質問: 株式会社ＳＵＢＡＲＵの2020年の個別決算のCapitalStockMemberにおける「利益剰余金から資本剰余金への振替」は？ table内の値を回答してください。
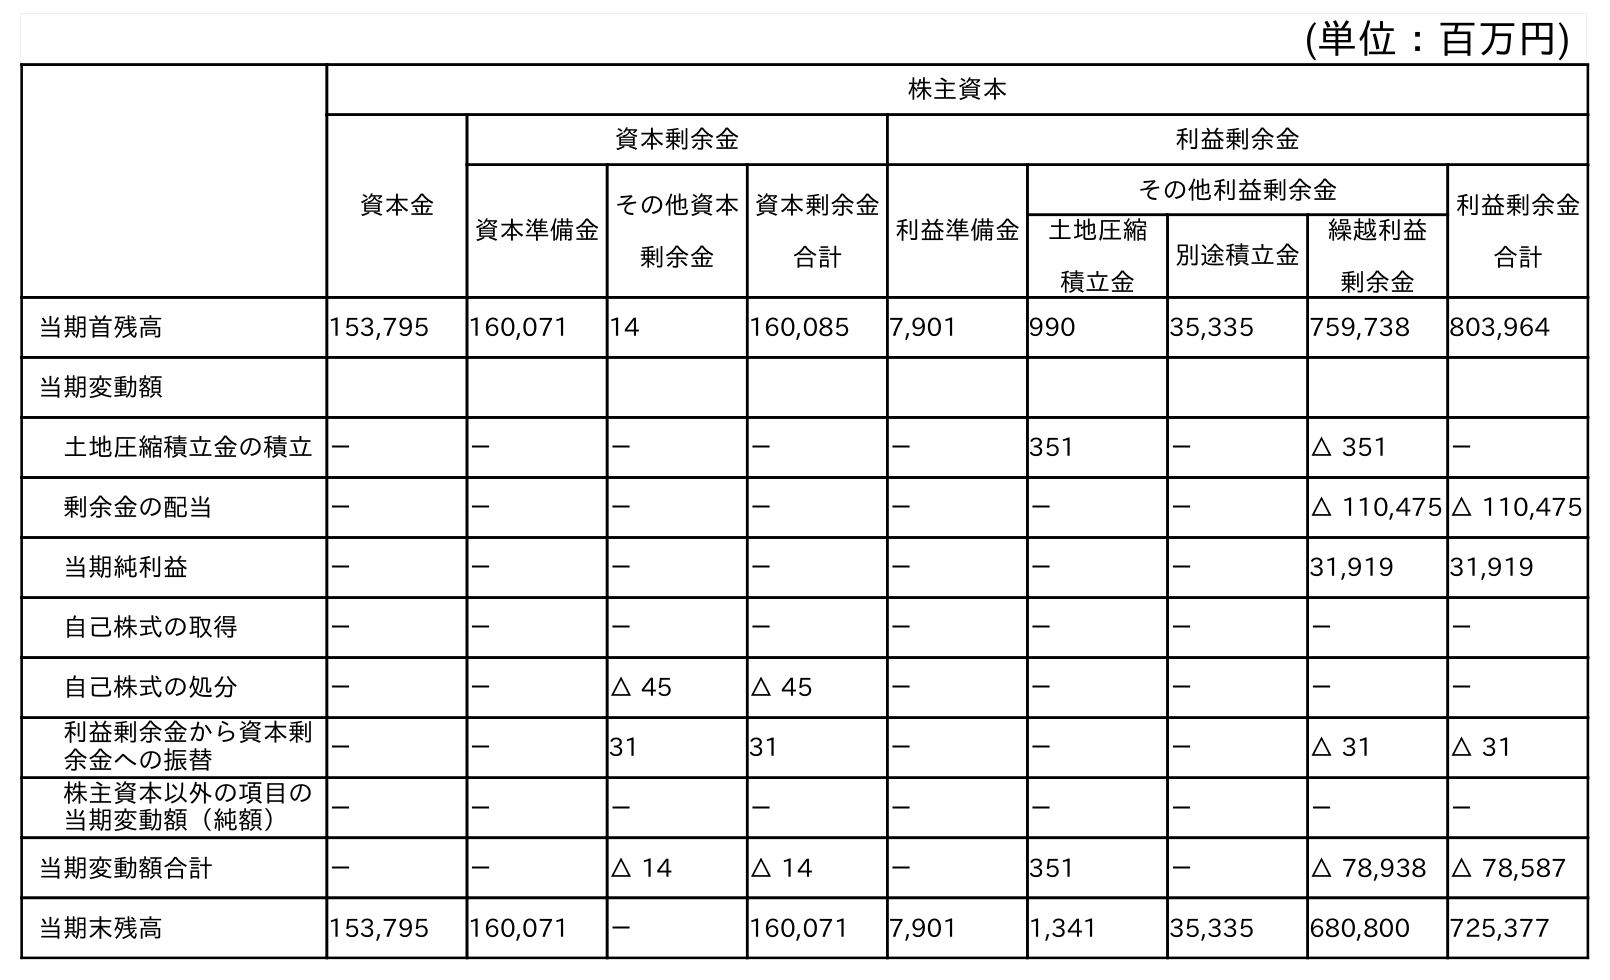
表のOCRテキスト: (単位：百万円) 株主資本 資本金 資本剰余金 利益剰余金 資本準備金 その他資本 剰余金 資本剰余金 合計 利益準備金 その他利益剰余金 利益剰余金 合計 土地圧縮 積立金 別途積立金 繰越利益 剰余金 当期首残高 153,795 160,071 14 160,085 7,901 990 35,335 759,738 803,964 当期変動額 土地圧縮積立金の積立－ － － － － 351 － △ 351 － 剰余金の配当 － － － － － － － △ 110,475 △ 110,475 当期純利益 － － － － － － － 31,919 31,919 自己株式の取得 － － － － － － － － － 自己株式の処分 － － △ 45 △ 45 － － － － － 利益剰余金から資本剰 余金への振替 － － 31 31 － － － △ 31 △ 31 株主資本以外の項目の 当期変動額（純額） － － － － － － － － － 当期変動額合計 － － △ 14 △ 14 － 351 － △ 78,938 △ 78,587 当期末残高 153,795 160,071 － 160,071 7,901 1,341 35,335 680,800 725,377
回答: －